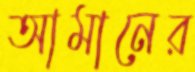
আমানের